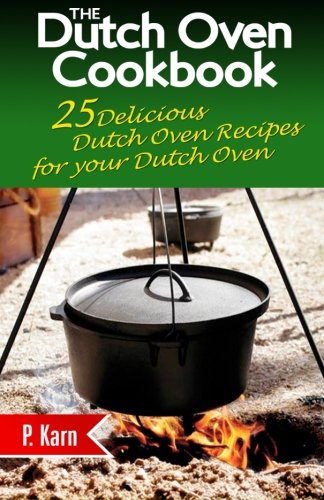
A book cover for The Dutch Oven Cookbook: 25 Delicious Dutch Oven Recipes for your Dutch Oven; P. Karn; Cookbooks, Food & Wine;